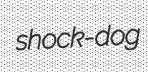
shock-dog